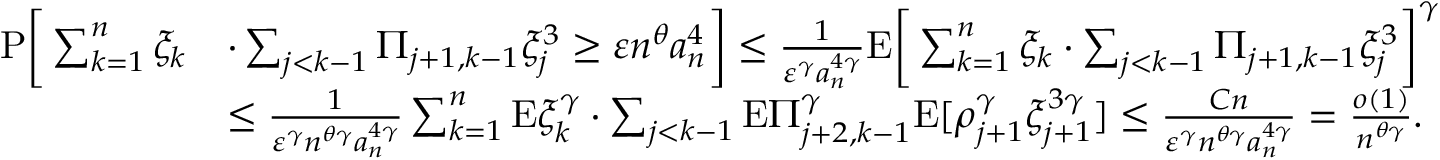
\begin{array} { r l } { \mathrm { P } \bigg [ \sum _ { k = 1 } ^ { n } \xi _ { k } } & { \cdot \sum _ { j < k - 1 } \Pi _ { j + 1 , k - 1 } \xi _ { j } ^ { 3 } \ge \varepsilon n ^ { \theta } { a _ { n } ^ { 4 } } \bigg ] \le \frac { 1 } { \varepsilon ^ { \gamma } a _ { n } ^ { 4 \gamma } } \mathrm { E } \bigg [ \sum _ { k = 1 } ^ { n } \xi _ { k } \cdot \sum _ { j < k - 1 } \Pi _ { j + 1 , k - 1 } \xi _ { j } ^ { 3 } \bigg ] ^ { \gamma } } \\ & { \le \frac { 1 } { \varepsilon ^ { \gamma } n ^ { \theta \gamma } a _ { n } ^ { 4 \gamma } } \sum _ { k = 1 } ^ { n } \mathrm { E } \xi _ { k } ^ { \gamma } \cdot \sum _ { j < k - 1 } \mathrm { E } \Pi _ { j + 2 , k - 1 } ^ { \gamma } \mathrm { E } [ \rho _ { j + 1 } ^ { \gamma } \xi _ { j + 1 } ^ { 3 \gamma } ] \le \frac { C n } { \varepsilon ^ { \gamma } n ^ { \theta \gamma } a _ { n } ^ { 4 \gamma } } = \frac { o ( 1 ) } { n ^ { \theta \gamma } } . } \end{array}